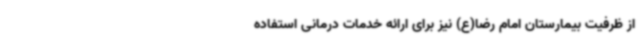
از ظرفیت بیمارستان امام رضا(ع) نیز برای ارائه خدمات درمانی استفاده